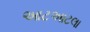
આટઆટલા